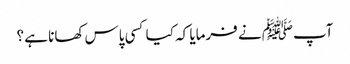
آپﷺ نے فرمایا کہ کیا کسی پاس کھانا ہے ؟